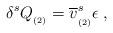
LaTeX: \begin{align*}\delta ^sQ_{_{(2)}}=\overline{v}_{_{(2)}}^s\epsilon \;, \end{align*}